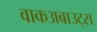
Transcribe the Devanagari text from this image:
वाकअबाउट्स